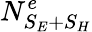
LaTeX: N_{S_{E}+S_{H}}^{e}